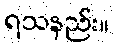
ရသနည်း။